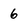
Character: 6